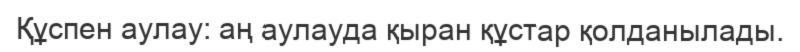
Құспен аулау: аң аулауда қыран құстар қолданылады.